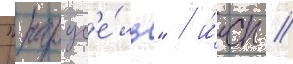
"карус'е́ль" / и́сп //